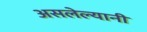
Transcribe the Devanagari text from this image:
असलेल्यानी